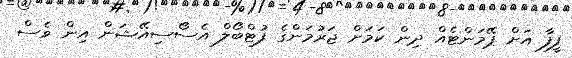
ފީފާ އަށް ޕޭމަންޓެއް ދިން ކަމަށް ޖަރުމަންގެ ފުޓްބޯލް އެސޯސިއޭޝަން އިން ވެސް